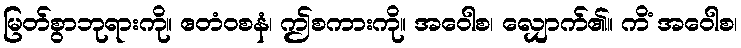
မြတ်စွာဘုရားကို။ ဧတံဝစနံ၊ ဤစကားကို။ အဝေါစ၊ လျှောက်၏။ ကိံ အဝေါစ၊